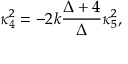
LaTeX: \kappa _ { 4 } ^ { 2 } = - 2 k \frac { \Delta + 4 } { \Delta } \kappa _ { 5 } ^ { 2 } ,